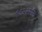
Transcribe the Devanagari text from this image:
१९२२पर्यंत